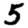
Digit: 5